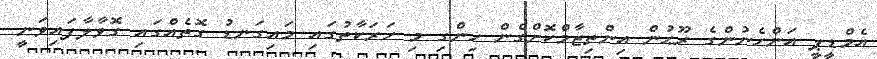
އެމްޑީޕީ އަންހެނުންގެ ރޫޙުން އިންތިޒާމްކޮށްގެން ހިންގި މި ހަރަކާތުގައި މައިގަނޑު ގޮތެއްގައި ގޮވާލާފައިވަނީ